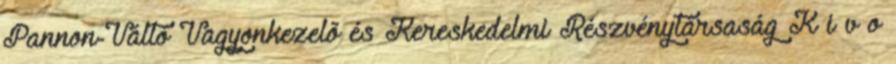
Pannon-Váltó Vagyonkezelõ és Kereskedelmi Részvénytársaság K i v o